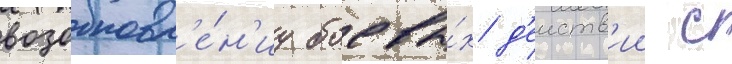
возобновл'е́н'иу боевы́х д'еиств'ии с